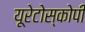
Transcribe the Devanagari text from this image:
यूरेटोस्कोपी